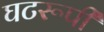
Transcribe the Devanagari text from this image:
घटरूपी